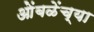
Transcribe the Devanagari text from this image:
ओंबळेंच्या